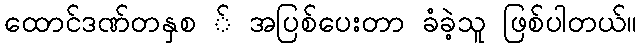
ထောင်ဒဏ်တနှစ ် အပြစ်ပေးတာ ခံခဲ့သူ ဖြစ်ပါတယ်။